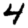
Digit: 4